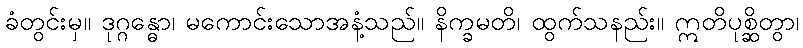
ခံတွင်းမှ။ ဒုဂ္ဂန္ဓော၊ မကောင်းသောအနံ့သည်။ နိက္ခမတိ၊ ထွက်သနည်း။ ဣတိပုစ္ဆိတွာ၊